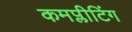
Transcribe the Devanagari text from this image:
कमप्लीटिंग